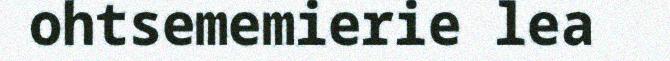
ohtsememierie lea